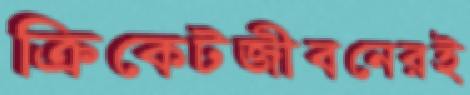
ক্রিকেটজীবনেরই